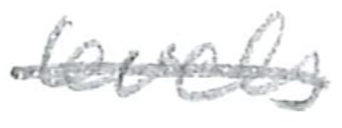
Text: levels
Cross-out: single-line
Writing tool: pencil